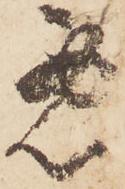
悪